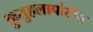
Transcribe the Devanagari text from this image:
कुतुहलापोटीच